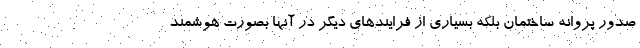
صدور پروانه ساختمان بلکه بسیاری از فرایندهای دیگر در آنها بصورت هوشمند